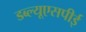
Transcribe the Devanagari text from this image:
डब्ल्यूएसपीई